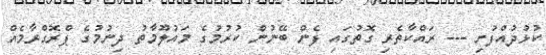
ކުޅުދުއްފުށި --- ރައްކާތެރި ގޮތުގައި ފެން ބޭނުން ކުރުމުގެ މައުލޫމާތު ދިނުމުގެ ޕްރޮގްރާމެއް